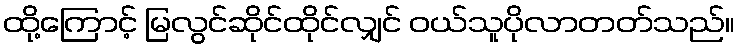
ထို့ကြောင့် မြလွင်ဆိုင်ထိုင်လျှင် ဝယ်သူပိုလာတတ်သည်။